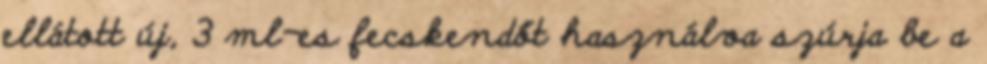
ellátott új, 3 ml-es fecskendőt használva szúrja be a